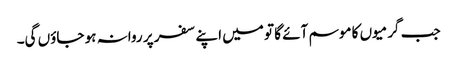
جب گرمیوں کا موسم آئے گا تو میں اپنے سفر پر روانہ ہو جاؤں گی۔